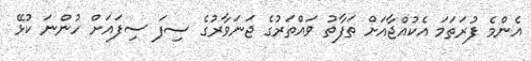
އެންމެ ފުރަތަމަ އެކުއްޖާއަށް ތަފާތު ވައްތަރުގެ ޖަނަވާރުގެ ސިފަ ސިފައަށް ހުންނަ ކުޅޭ